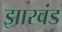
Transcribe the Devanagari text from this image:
झारवंड